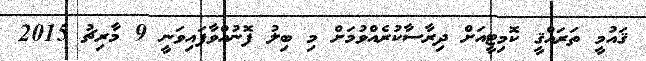
ޤައުމީ ތަރައްޤީ ކޮމިޓީއަށް ދިރާސާކުރެއްވުމަށް މި ބިލު ފޮނުއްވާފައިވަނީ 9 މާރިޗު 2015